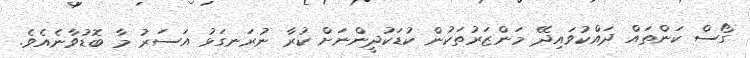
ގޯސް ކަންތައް ދައްކުވައިދޭ މަންޒަރުތަކުން ކުޑަކުދީންނަށް ކުރާ ނުރަނގަޅު އަސަރު މާ ބޮޑުވާނެއެވެ.